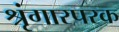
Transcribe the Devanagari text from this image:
श्रृंगारपरक